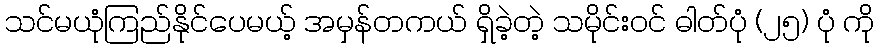
သင်မယုံကြည်နိုင်ပေမယ့် အမှန်တကယ် ရှိခဲ့တဲ့ သမိုင်းဝင် ဓါတ်ပုံ (၂၅) ပုံ ကို